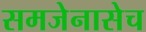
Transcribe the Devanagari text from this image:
समजेनासेच